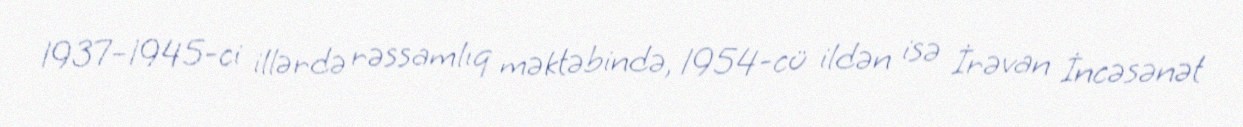
1937–1945-ci illərdə rəssamlıq məktəbində, 1954-cü ildən isə İrəvan İncəsənət